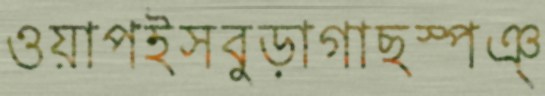
ওয়াপইসবুড়াগাছস্পঞ্